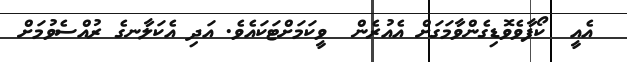
އެއީ  ކޯފާވެވޮޑިގެންވާމަގަށް އެއުރެން  ވީކަމަށްޓަކައެވެ. އަދި އެކަލާނގެ ރުއްސެވުމަށް